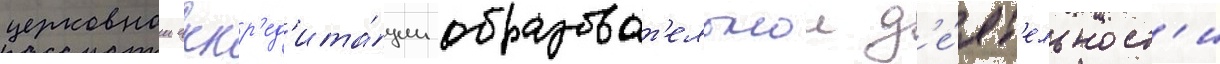
церковнои аккр'ед'ита́ции образоват'ельнои д'е́ят'ельност'и